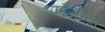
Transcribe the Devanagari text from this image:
फ़ौजीयों